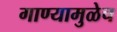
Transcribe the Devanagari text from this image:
गाण्यामुळेच